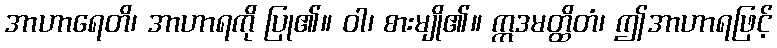
အာဟာရေတိ၊ အာဟာရကို ပြု၏။ ဝါ၊ စားမျို၏။ ဣဒမတ္ထိတံ၊ ဤအာဟာရဖြင့်